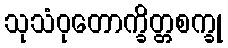
သုသံဝုတောက္ခိတ္တစက္ခု